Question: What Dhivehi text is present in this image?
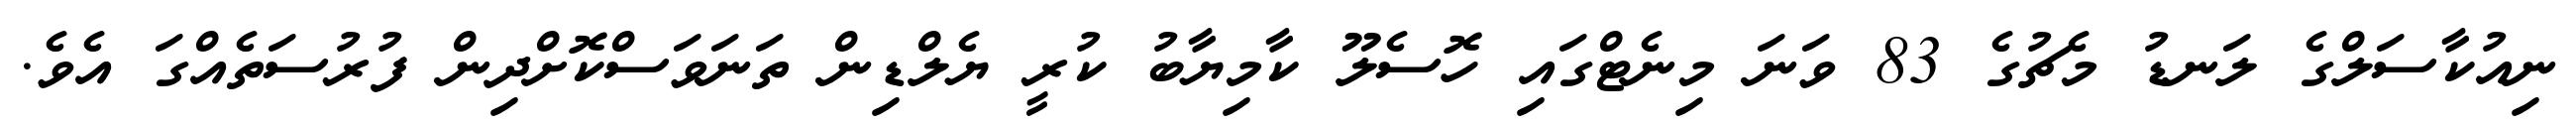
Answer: ނިއުކާސަލްގެ ލަނޑު މެޗުގެ 83 ވަނަ މިނެޓްގައި ހޮސެލޫ ކާމިޔާބު ކުރީ ޔެލްޑިން ތަނަވަސްކޮށްދިން ފުރުސަތެއްގަ އެވެ.